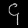
Digit: ၄